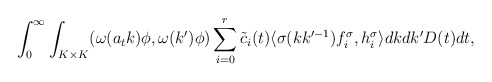
\begin{align*}\int^\infty_0\int_{K \times K} ( \omega(a_t k)\phi, \omega(k')\phi)\sum^r_{i=0}\tilde{c}_i(t)\langle\sigma(kk'^{-1})f_i^{\sigma}, h^\sigma_i\rangle dk dk' D(t)dt,\end{align*}